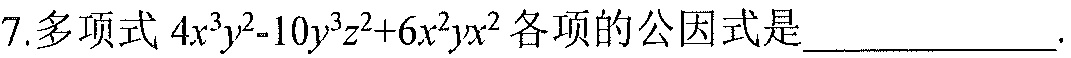
7.多项式\(4x^{3}y^{2}-10y^{3}z^{2}+6x^{2}yx^{2}\)各项的公因式是  ．